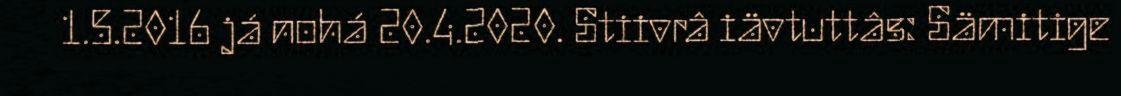
1.5.2016 já nohá 20.4.2020. Stiivrâ iävtuttâs: Sämitige